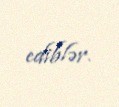
ediblər.